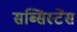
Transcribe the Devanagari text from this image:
सब्सिस्टेंस